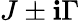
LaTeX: J\pm\mathbf{i}\Gamma